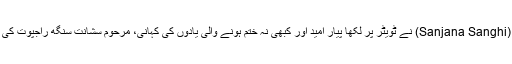
اداکارہ سنجنا سانگھی (Sanjana Sanghi) نے ٹویٹر پر لکھا پیار امید اور کبھی نہ ختم ہونے والی یادوں کی کہانی، مرحوم سشانت سنگھ راجپوت کی وراثت کا جش منائیں۔